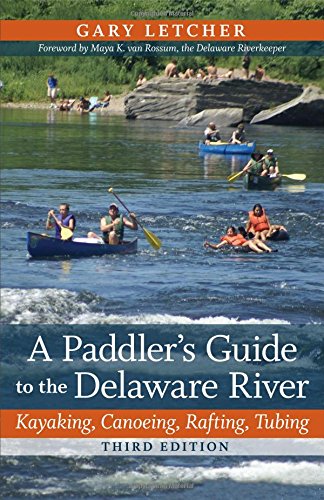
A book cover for A Paddler's Guide to the Delaware River: Kayaking, Canoeing, Rafting, Tubing (Rivergate Books); Gary Letcher; Sports & Outdoors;